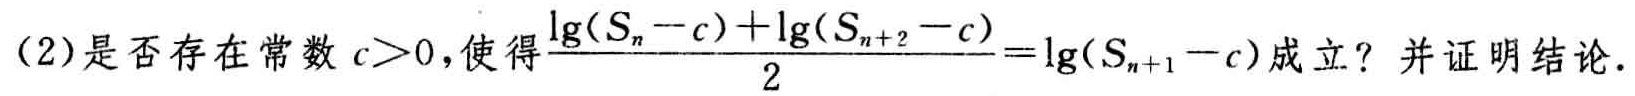
(2)是否存在常数 \(c > 0\)，使得\(\frac{\lg(S_{n}-c)+\lg(S_{n + 2}-c)}{2}=\lg(S_{n + 1}-c)\)成立？并证明结论.